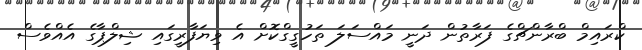
ކްރައިމް ބްރާންޗްގެ ފަރާތުން ދަނީ މައްސަލަ ތަހުގީގްކޮށް އެ ވިޔަފާރީގައި ޝިލްޕާގެ އެއްވެސް